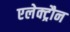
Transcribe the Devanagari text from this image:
एलेक्ट्रौन